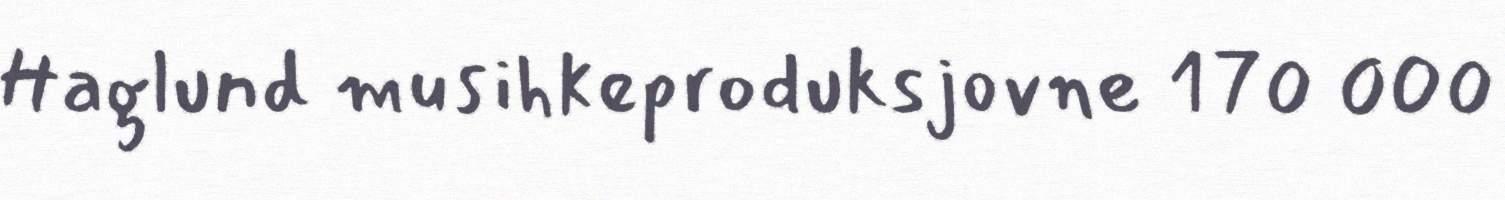
Haglund musihkeproduksjovne 170 000